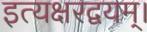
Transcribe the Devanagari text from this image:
इत्यक्षरद्वयम्।